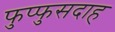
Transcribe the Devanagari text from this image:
फुप्फुसदाह